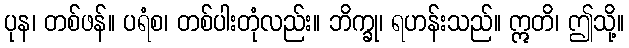
ပုန၊ တစ်ဖန်။ ပရံစ၊ တစ်ပါးတုံလည်း။ ဘိက္ခု၊ ရဟန်းသည်။ ဣတိ၊ ဤသို့။